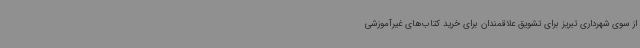
از سوی شهرداری تبریز برای تشویق علاقمندان برای خرید کتاب‌های غیرآموزشی